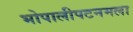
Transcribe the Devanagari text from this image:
भोपालीपटनमला